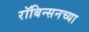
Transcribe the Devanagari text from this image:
रॉबिन्सनच्या